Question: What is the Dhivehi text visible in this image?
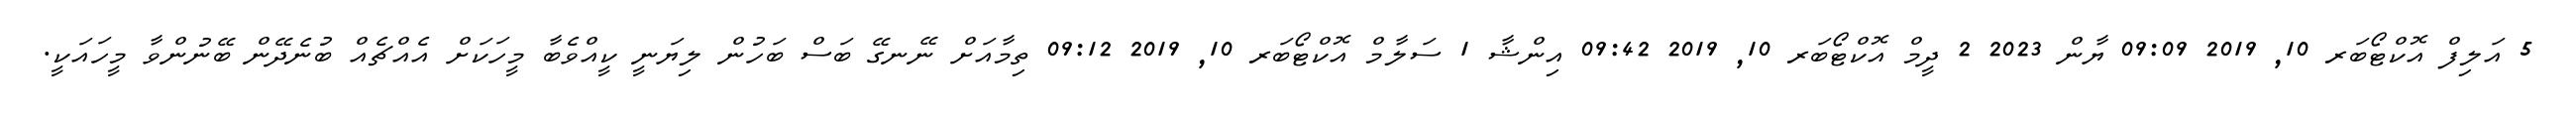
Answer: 5 އަލިފް އޮކްޓޯބަރ 10, 2019 09:09 ޔާން 2023 2 ދީމް އޮކްޓޯބަރ 10, 2019 09:42 އިންޝާ 1 ސަލާމް އޮކްޓޯބަރ 10, 2019 09:12 ތިމާއަށް ނޭނގޭ ބަސް ބަހުން ލިޔަނީ ކީއްވެބާ މީހަކަށް އެއްޗެއް ބުނެދޭން ބޭނުންވާ މީހައަކީ.